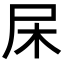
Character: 杘